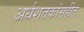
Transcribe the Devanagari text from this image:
अर्धशतकांसहीत